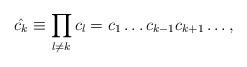
LaTeX: \begin{align*}\hat{c_{k}} \equiv \prod _{l \neq k} c_{l} =c_{1}\ldots c_{k-1} c_{k+1} \ldots,\end{align*}